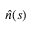
\widehat { n } ( s )